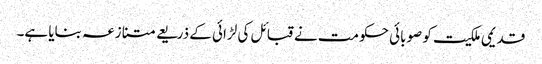
قدیمی ملکیت کو صوبائی حکومت نے قبائل کی لڑائی کے ذریعے متنازعہ بنایا ہے۔